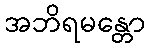
အဘိရမန္တော